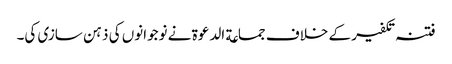
فتنہ تکفیر کے خلاف جماعة الدعوة نے نوجوانوں کی ذہن سازی کی۔